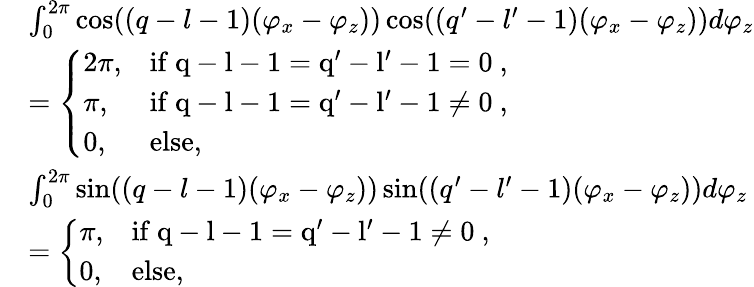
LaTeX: \begin{array}{rl}&{\int_{0}^{2\pi}\cos((q-l-1)(\varphi_{x}-\varphi_{z}))\cos((q^{\prime}-l^{\prime}-1)(\varphi_{x}-\varphi_{z}))d\varphi_{z}}\\ &{=\left\{ \begin{array}{ll}{2\pi,}&{\mathrm{if~q-l-1=q'-l'-1=0~},}\\ {\pi,}&{\mathrm{if~q-l-1=q'-l'-1\neq 0~},}\\ {0,}&{\mathrm{else},}\end{array}\right.}\\ &{\int_{0}^{2\pi}\sin((q-l-1)(\varphi_{x}-\varphi_{z}))\sin((q^{\prime}-l^{\prime}-1)(\varphi_{x}-\varphi_{z}))d\varphi_{z}}\\ &{=\left\{ \begin{array}{ll}{\pi,}&{\mathrm{if~q-l-1=q'-l'-1\neq 0~},}\\ {0,}&{\mathrm{else},}\end{array}\right.}\end{array}